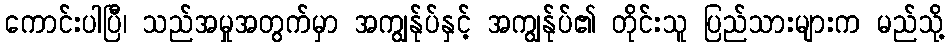
ကောင်းပါပြီ၊ သည်အမှုအတွက်မှာ အကျွန်ုပ်နှင့် အကျွန်ုပ်၏ တိုင်းသူ ပြည်သားများက မည်သို့